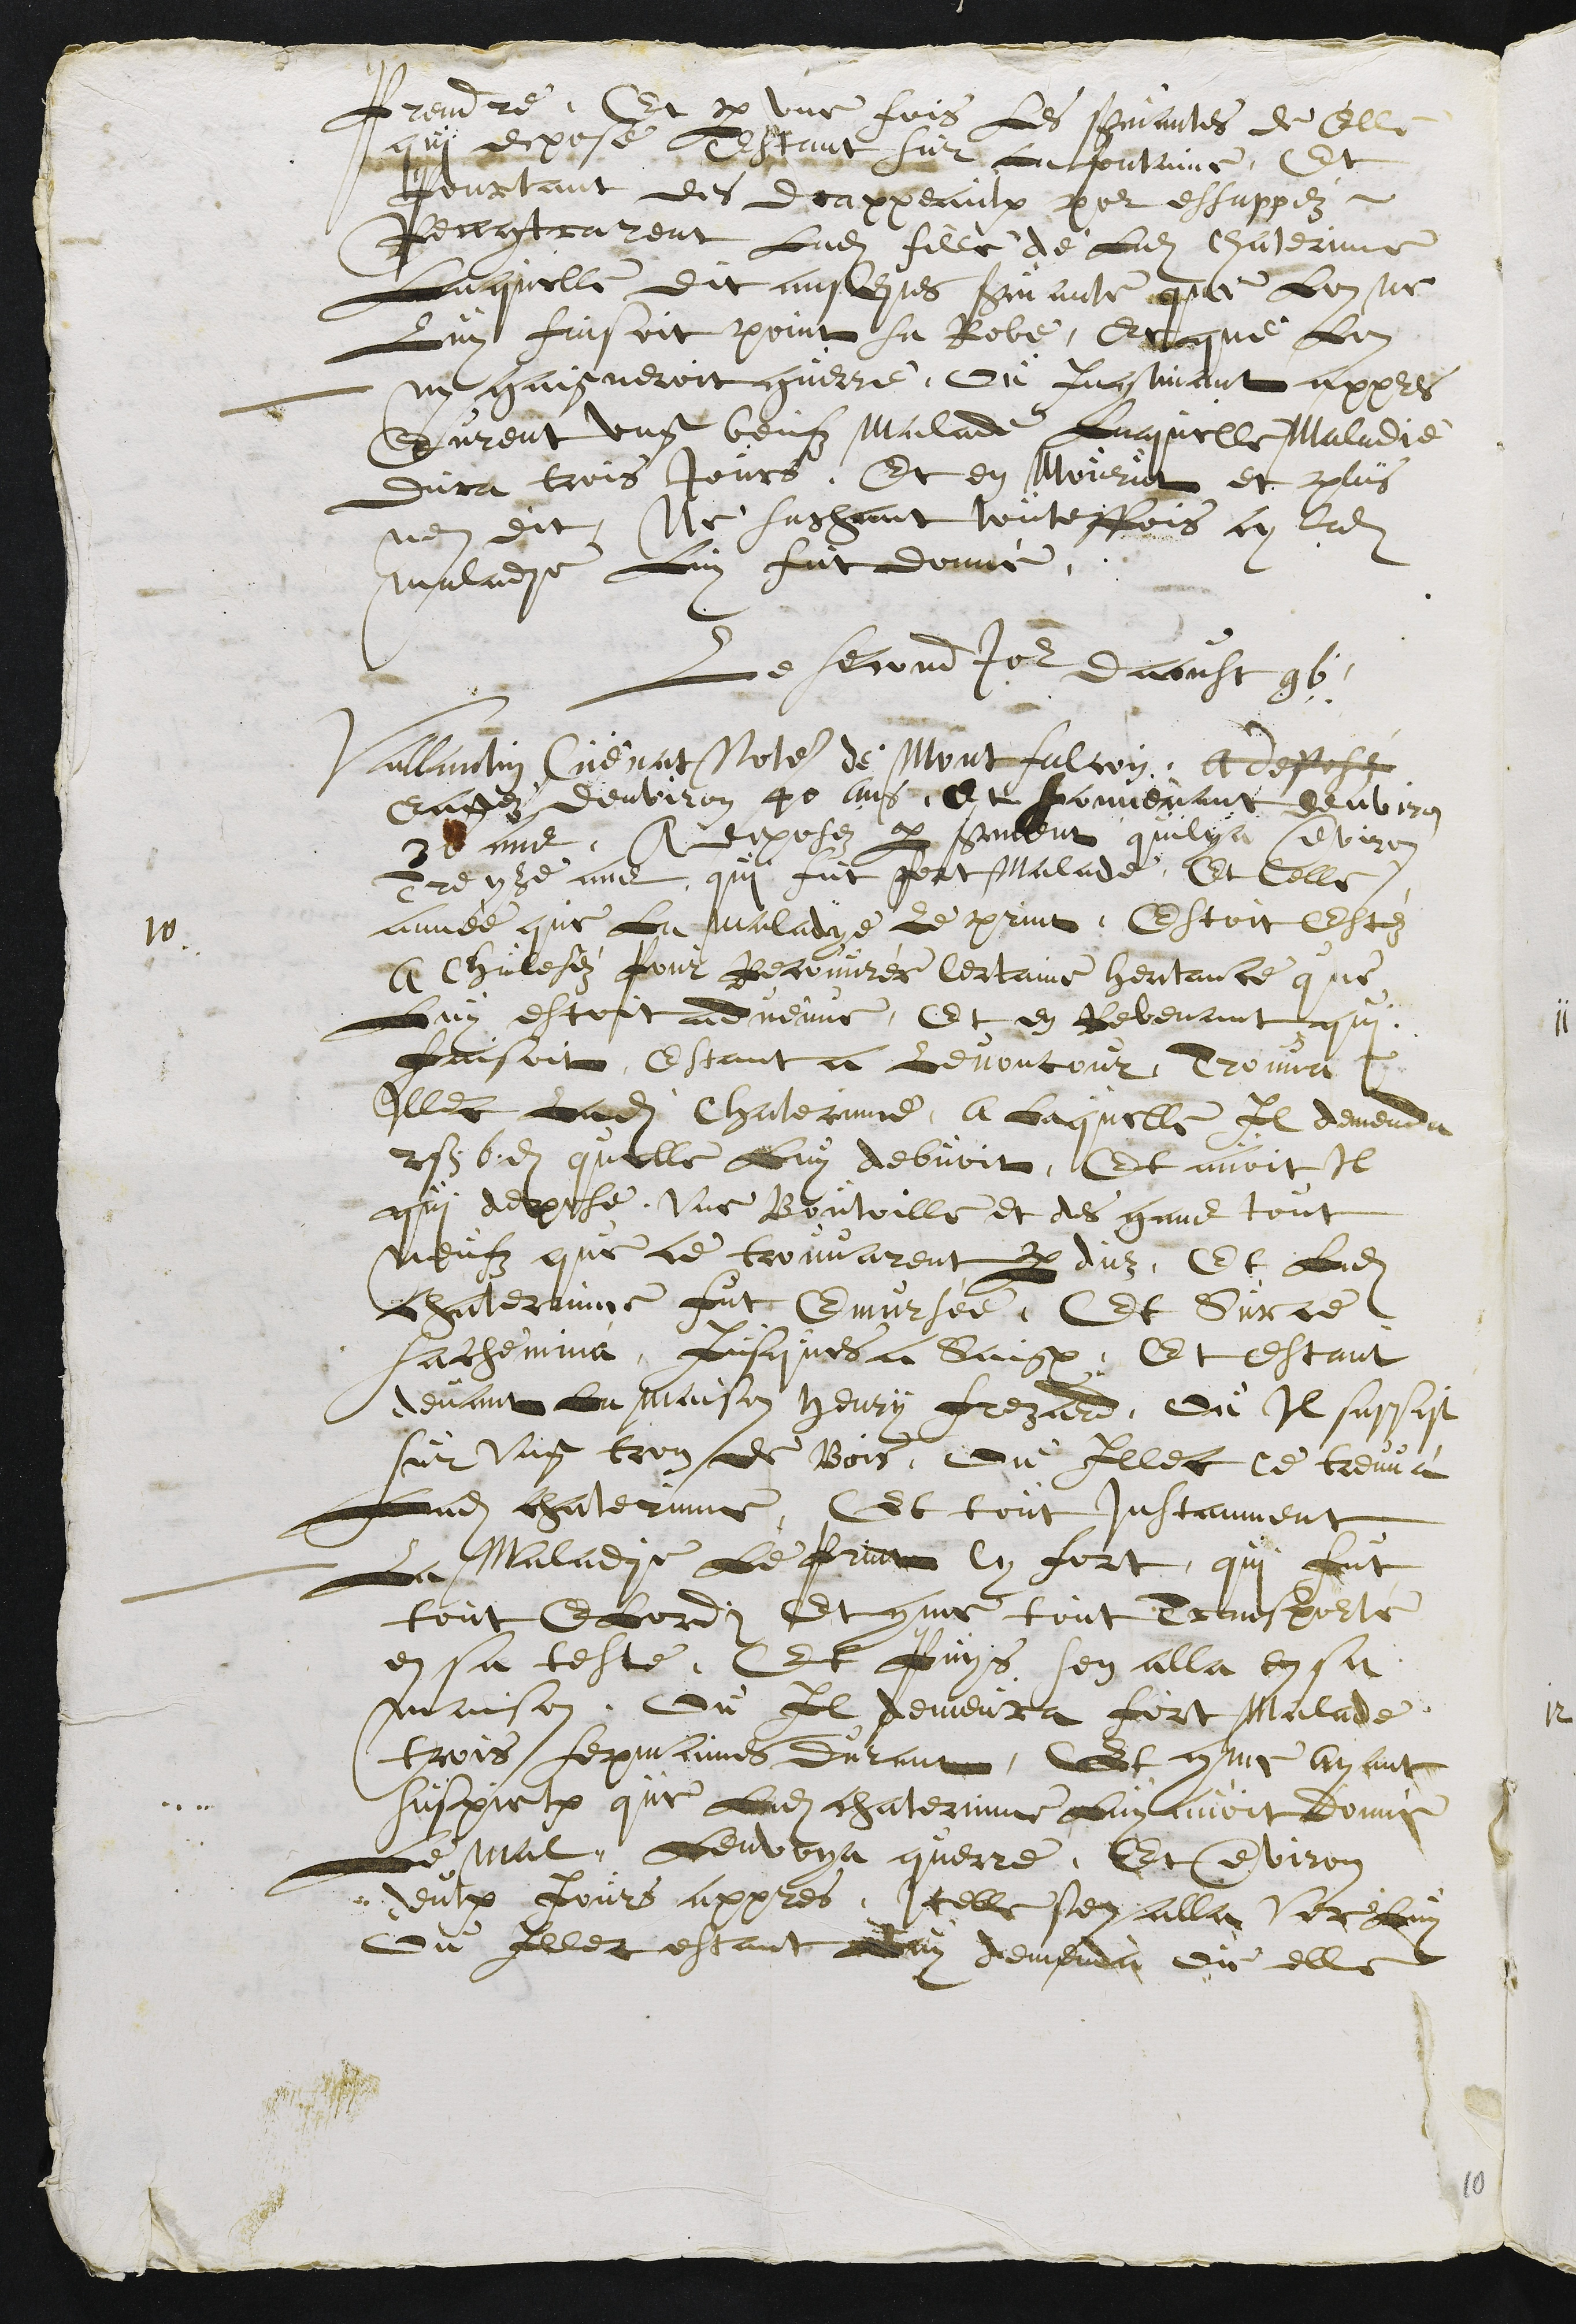
Prendre. Et par une fois les servantes de Elle
qui depose estant sur la fontaine, Et
Pourtant des drappeaulx pour essappéz
Rencontrarent Ladite fille de Ladite Chaterinne
Laquelle dit ausdites servante que Lon ne
Luy faisoit point sa Robe, Et que Lon
ny gaigneroit guerre, ou Incontinant appres
Eurent ung beufz malade Laquelle maladie
dura trois Jours, Et en mouruz et plus
nen dit, Ne sachant touteffois cy ladite
maladie Luy fut donne.
10.
Le second Jour daoust 96.
Vallantin Cuenat Notaire de Montfalcon, a deposé
Eagéz denviron 40 ans et souvenant denviron
30 ans, A deposéz par serment quil y a environ
Treyze ans qui fut fort malade. Et Celle
année que La maladye Le print, Estoit estéz
a Chuleféz pour Recouvrér Certaine heritance que
Luy estoit advenue, Et en Revenant qui
faisoit, Estant a Levoncour Trouva
Illec Ladite Chaterinne, a Laquelle Il demenda
2 S. 6 d. quelle Luy debvoit. Et avoit Il
qui depose, une Boutoille et des gans tout
neufz que ce trouvarent perduz. Et Ladite
chaterinne fut Emursée, Et Sur ce
sachemina Jusques a Saignelégier. Et estant
devant La maison Henry Frezard, ou Il sassit
sur ung tron de Bois, ou Illec ce treuva
Ladite chaterinne, Et tout Instanment
La maladie Le print Cy fort, qui fut
tout Etordi Et comme tout Transpourté
en sa teste, Et Puys sen alla en sa
maison. Ou Il demeura fort malade
trois sepmaines durant, Et comme ayant
suspiction que Ladite chaterinne Luy avoit donné
Le mal, Lenvoya querre. Et environ
deulx Jours appres, Icelle sen alla Ver Luy
ou Illec estant Luy demenda ou elle